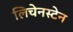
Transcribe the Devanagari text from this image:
लिचेनस्टेन